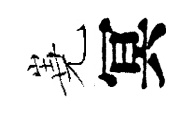
嶤冥